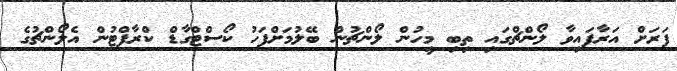
ފަރަށް އަރާފައިވާ ލޯންޗްގައި ތިބި މީހުން ލޯންޗުން ބޭލުމަށްފަހު ކޯސްޓްގާޑް ކްރާފްޓުން އެލޯންޗުގެ